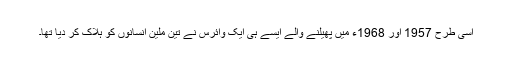
اسی طرح 1957 اور 1968ء میں پھیلنے والے ایسے ہی ایک وائرس نے تین ملین انسانوں کو ہلاک کر دیا تھا۔